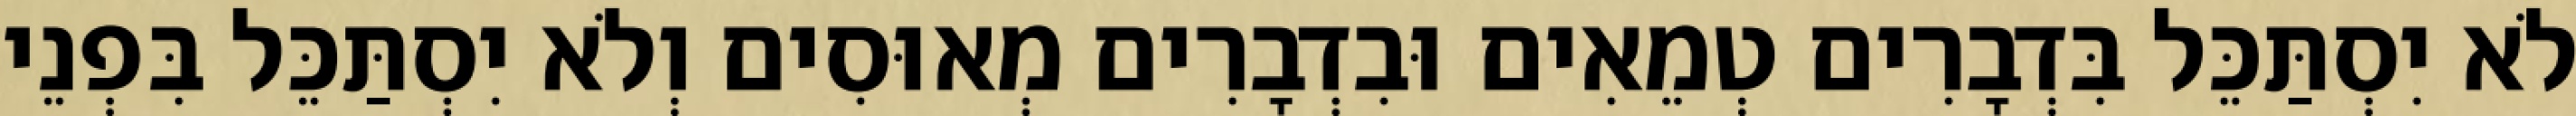
לֹא יִסְתַּכֵּל בִּדְבָרִים טְמֵאִים וּבִדְבָרִים מְאוּסִים וְלֹא יִסְתַּכֵּל בִּפְנֵי